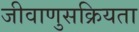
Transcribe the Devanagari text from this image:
जीवाणुसक्रियता